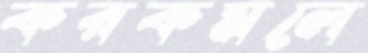
করকমলে